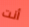
أنت